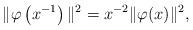
LaTeX: \begin{align*} \|\varphi\left(x^{-1}\right)\|^{2}=x^{-2}\|\varphi(x)\|^{2},\end{align*}